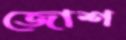
জোশ